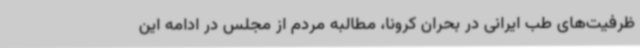
ظرفیت‌های طب ایرانی در بحران کرونا، مطالبه مردم از مجلس در ادامه این